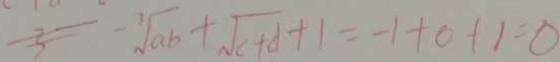
- \sqrt [ 1 ] { a b } + \sqrt { c + d } + 1 = - 1 + 0 + 1 = 0